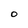
Character: O